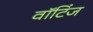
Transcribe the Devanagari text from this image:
वॉटिंज